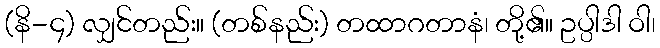
(နိ-၄) လျှင်တည်း။ (တစ်နည်း) တထာဂတာနံ၊ တို့၏။ ဥပ္ပါဒါ ဝါ၊